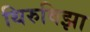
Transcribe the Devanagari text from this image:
थिरुविझा